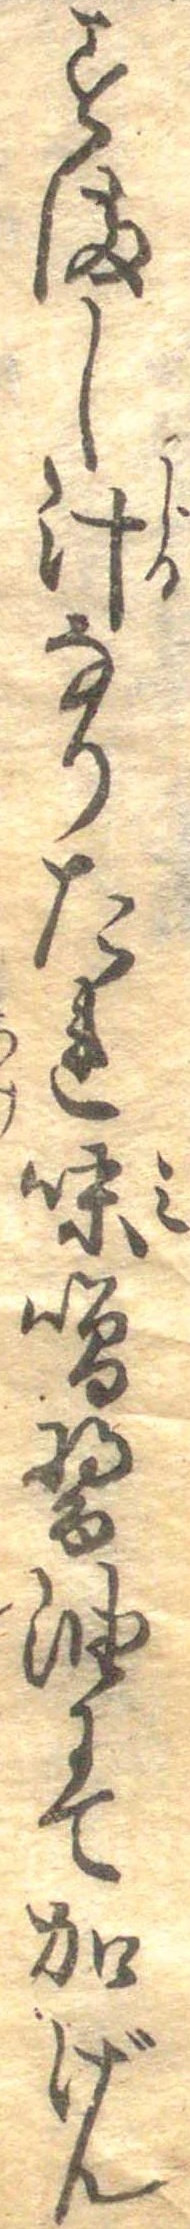
すまし汁なりたれ味噌醤油にて加げん